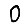
Digit: 0